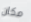
مكان